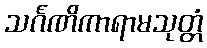
သင်္ဂဏိကာရာမသုတ္တံ